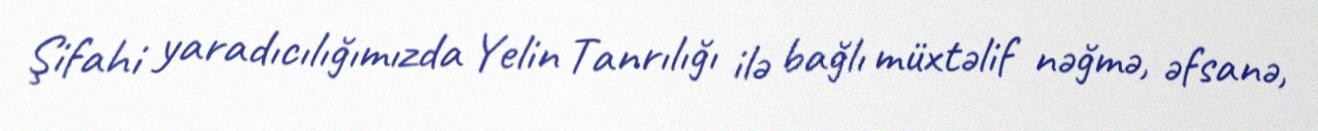
Şifahi yaradıcılığımızda Yelin Tanrılığı ilə bağlı müxtəlif nəğmə, əfsanə,